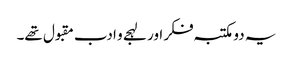
یہ دو مکتبہ فکر اور لہجے و ادب مقبول تھے۔